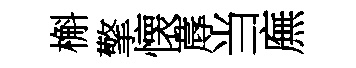
槲擎懐蓐当廡